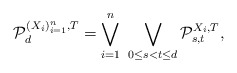
\begin{align*}\mathcal{P}_d^{(X_i)_{i=1}^n,T}=\bigvee_{i=1}^n\ \bigvee_{0\leq s<t\leq d}\mathcal{P}_{s,t}^{X_i,T},\end{align*}